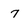
Character: 7